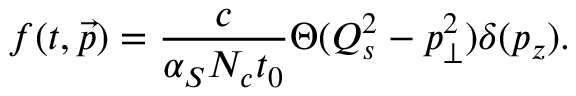
f ( t , \vec { p } ) = \frac { c } { \alpha _ { S } N _ { c } t _ { 0 } } \Theta ( Q _ { s } ^ { 2 } - p _ { \bot } ^ { 2 } ) \delta ( p _ { z } ) .